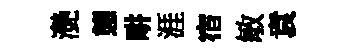
灔態畊涯宿敏袁